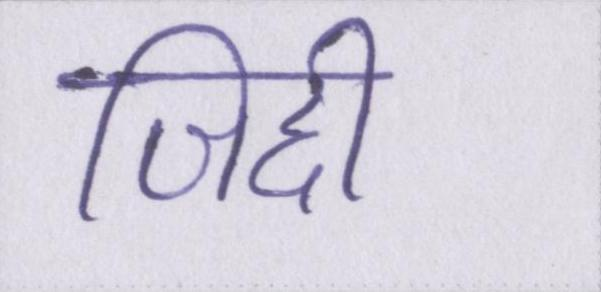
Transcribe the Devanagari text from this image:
जिद्दी